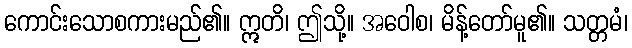
ကောင်းသောစကားမည်၏။ ဣတိ၊ ဤသို့။ အဝေါစ၊ မိန့်တော်မူ၏။ သတ္တမံ၊